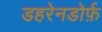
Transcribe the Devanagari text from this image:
डहरेनडोर्फ़